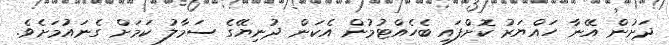
ދަށުން އޭނާ ހައްޔަރު ކޮށްފައި ބެހެއްޓުމުން އެކަން ދުނިޔޭގެ ސަމާލު ކަމަށް ގެނައުމަށެވެ.